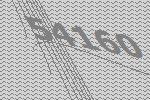
54160